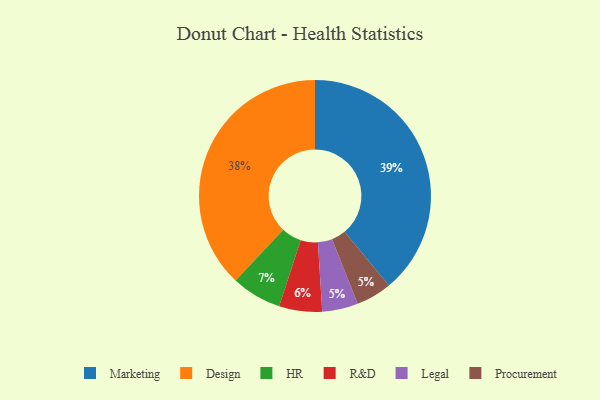
{"axis": {"x": "Category", "y": "Percentage"}, "legend": ["Design", "HR", "Legal", "Marketing", "Procurement", "R&D"], "data": [{"x": "Marketing", "y": 39, "type": "Marketing"}, {"x": "Legal", "y": 5, "type": "Legal"}, {"x": "HR", "y": 7, "type": "HR"}, {"x": "Procurement", "y": 5, "type": "Procurement"}, {"x": "Design", "y": 38, "type": "Design"}, {"x": "R&D", "y": 6, "type": "R&D"}]}